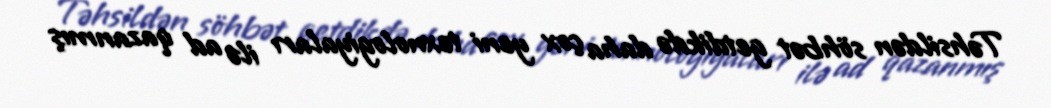
Təhsildən söhbət getdikdə daha çox yeni texnologiyaları ilə ad qazanmış